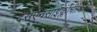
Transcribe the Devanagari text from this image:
देसएनसाइक्लोपीडिया